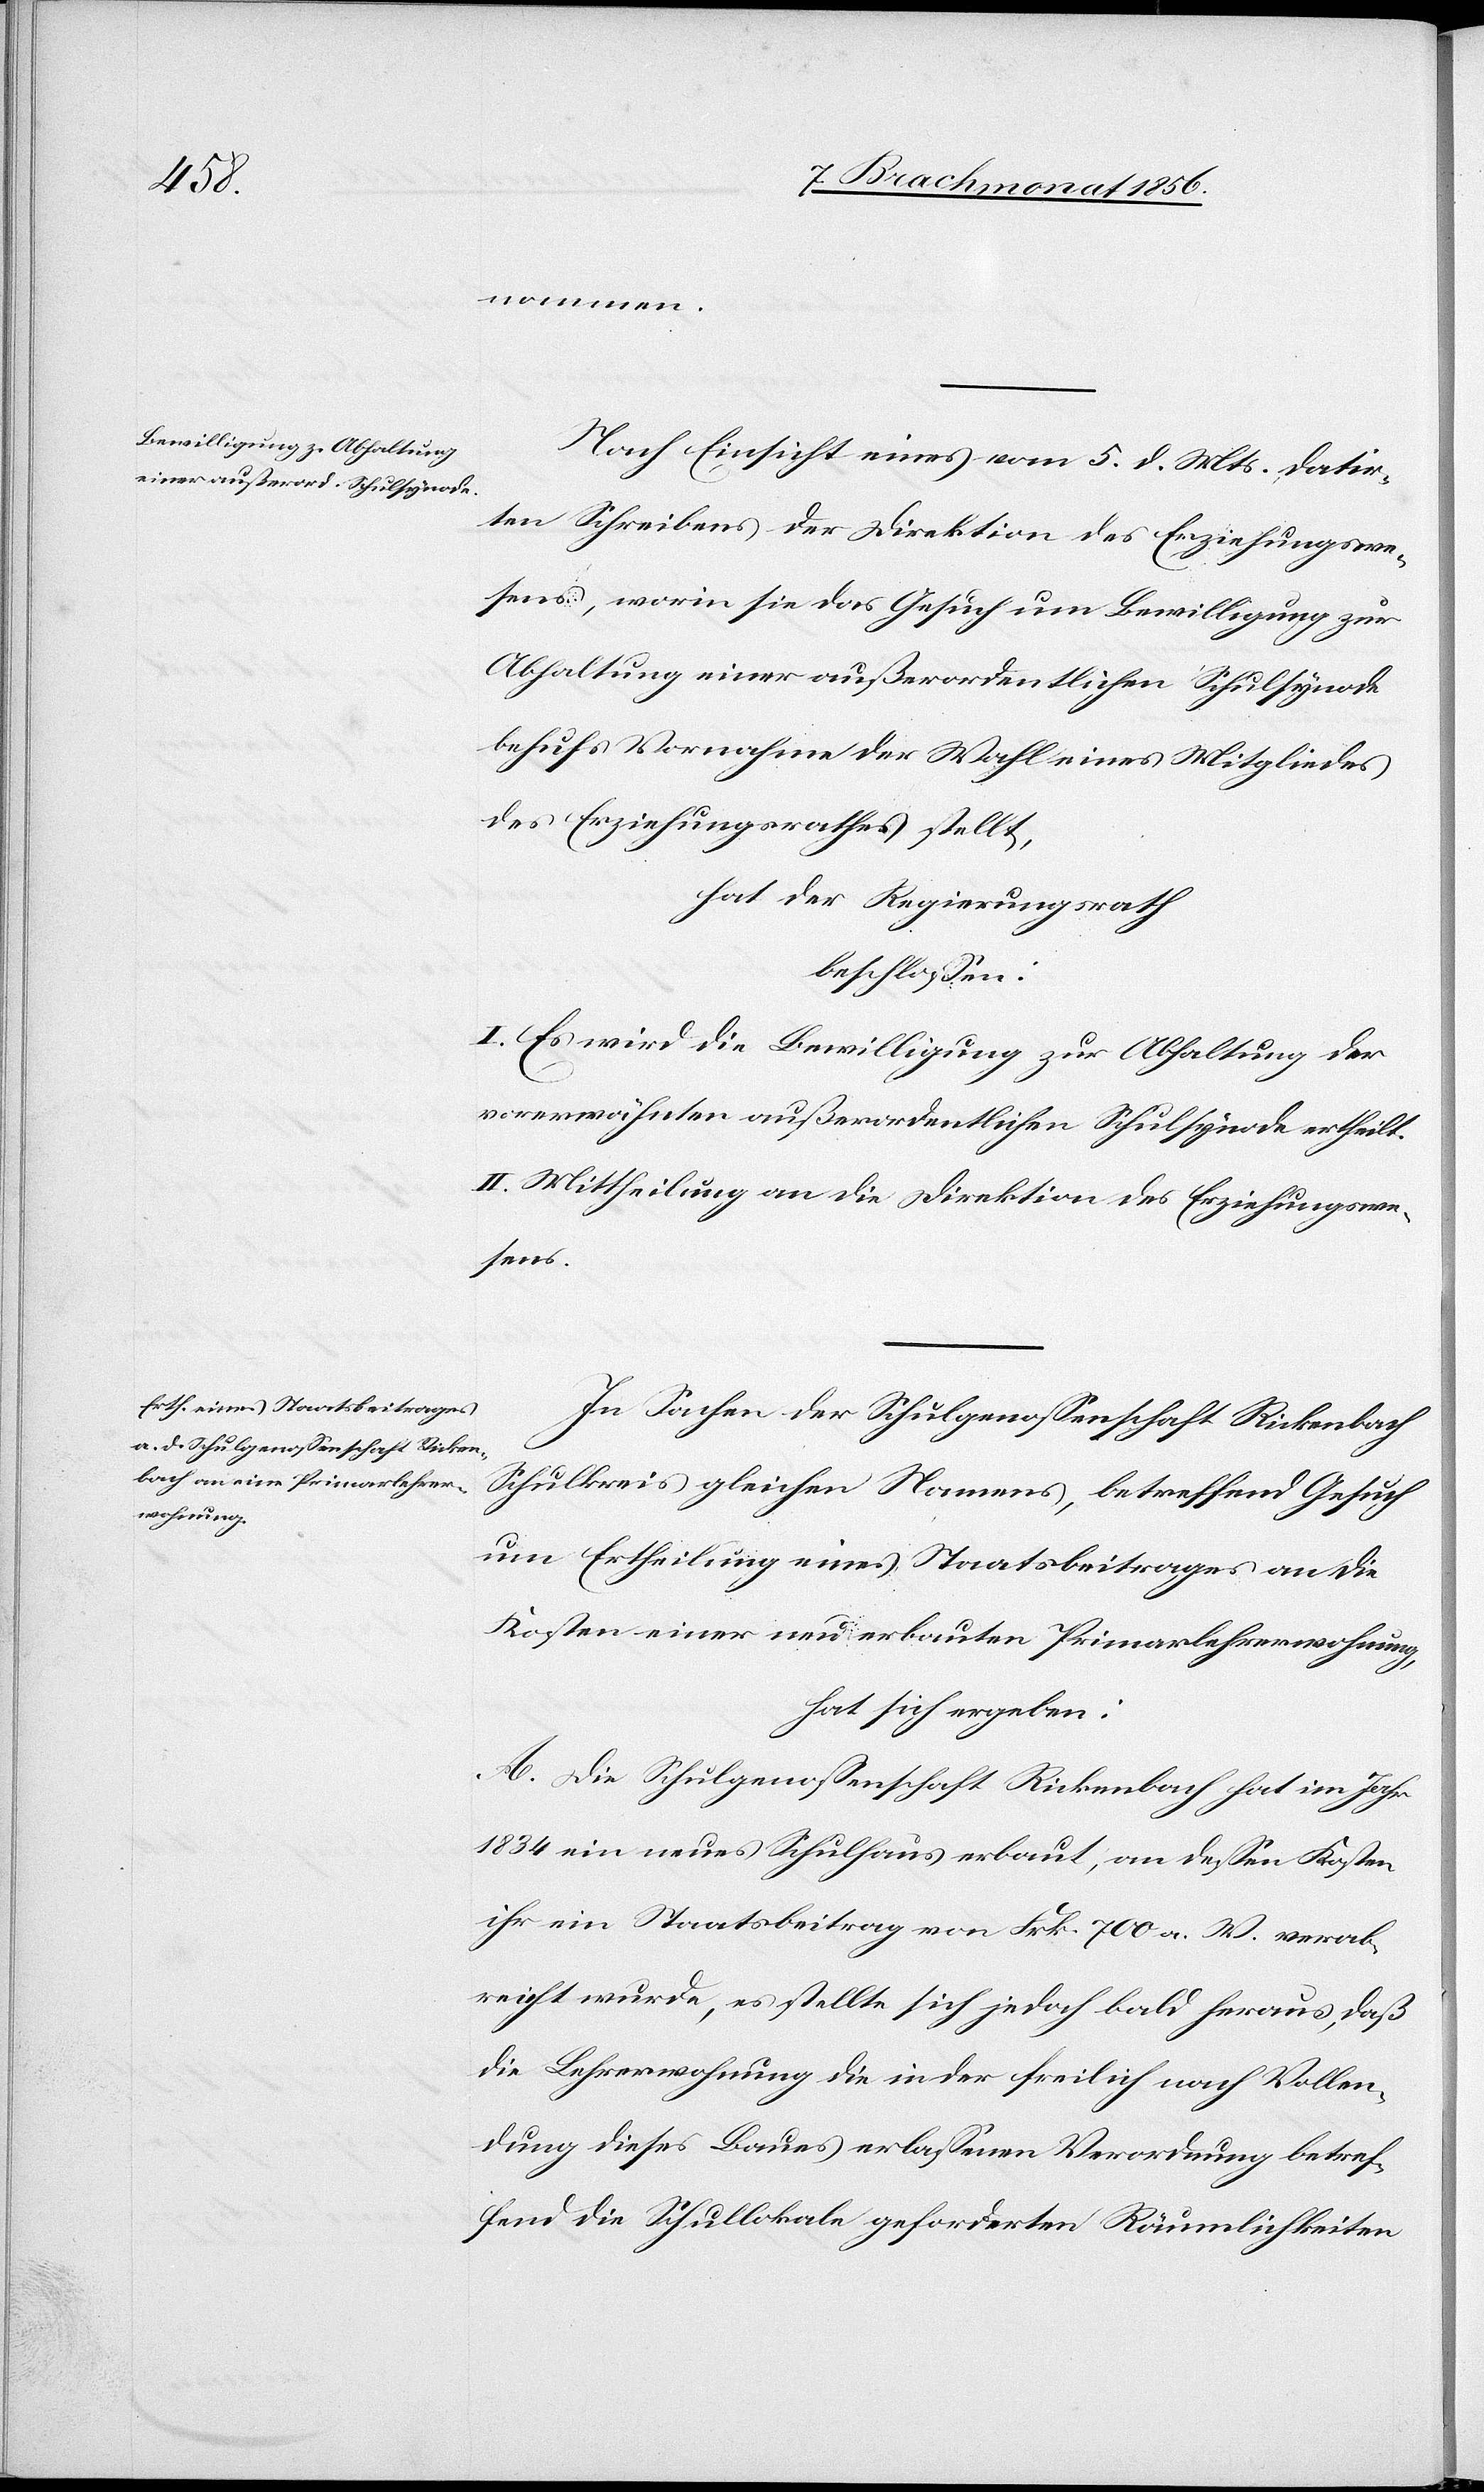
nommen.
Nach Einsicht eines vom 5. d. Mts. datir¬
ten Schreibens der Direktion des Erziehungswe¬
sens, worin sie das Gesuch um Bewilligung zur
Abhaltung einer außerordentlichen Schulsynode
behufs Vornahme der Wahl eines Mitgliedes
des Erziehungsrathes stellt,
hat der Regierungsrath
beschlossen:
I. Es wird die Bewilligung zur Abhaltung der
vorerwähnten außerordentlichen Schulsynode ertheilt.
II. Mittheilung an die Direktion des Erziehungswe¬
sens.
In Sachen der Schulgenossenschaft Rickenbach
Schulkreis gleichen Namens, betreffend Gesuch
um Ertheilung eines Staatsbeitrages an die
Kosten einer neu erbauten Primarlehrerwohnung,
hat sich ergeben:
A. Die Schulgenossenschaft Rickenbach hat im Jahr
1834 ein neues Schulhaus erbaut, an dessen Kosten
ihr ein Staatsbeitrag von Frk. 700 a. W. verab¬
reicht wurde, es stellte sich jedoch bald heraus, daß
die Lehrerwohnung die in der freilich nach Vollen¬
dung dieses Baues erlassenen Verordnung betref¬
fend die Schullokale geforderten Räumlichkeiten